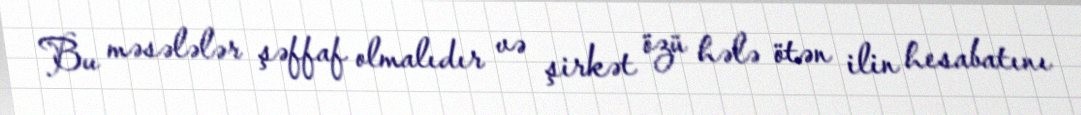
Bu məsələlər şəffaf olmalıdır və şirkət özü hələ ötən ilin hesabatını